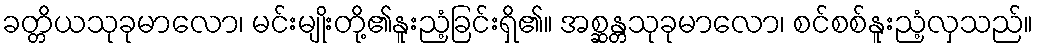
ခတ္တိယသုခုမာလော၊ မင်းမျိုးတို့၏နူးညံ့ခြင်းရှိ၏။ အစ္ဆန္တသုခုမာလော၊ စင်စစ်နူးညံ့လှသည်။